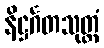
နိဋ္ဌင်္ဂတသုတ္တံ